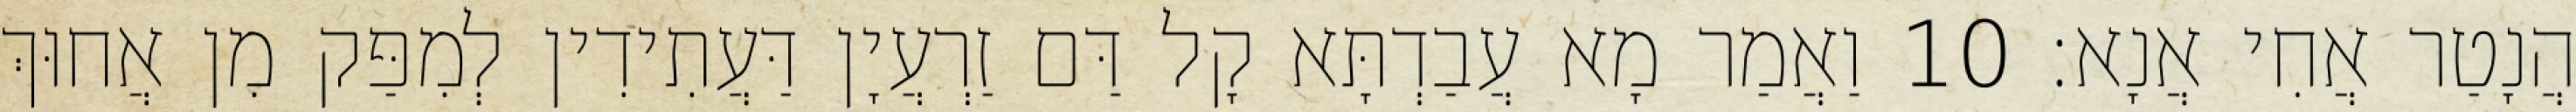
הֲנָטַר אֲחִי אֲנָא׃ 10 וַאֲמַר מָא עֲבַדְתָּא קָל דַּם זַרְעֲיָן דַּעֲתִידִין לְמִפַּק מִן אֲחוּךְ